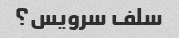
سلف سرویس؟